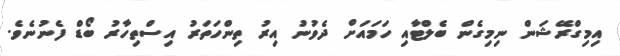
އިމިގްރޭޝަން ނިމިގެން ބެލްޓާއި ހަމައަށް ދެވުނު އިރު ތިންހަތަރު އިސްތިހާރު ބޯޑް ފެނުނެވެ.